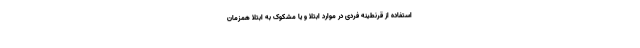
استفاده از قرنطینه فردی در موارد ابتلا و یا مشکوک به ابتلا همزمان